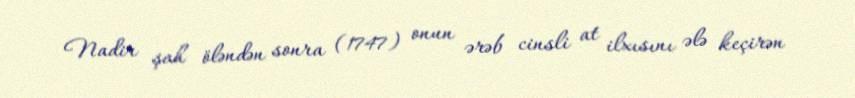
Nadir şah öləndən sonra (1747) onun ərəb cinsli at ilxısını ələ keçirən